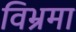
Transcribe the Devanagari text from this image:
विभ्रमा